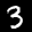
Label: 3